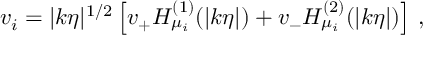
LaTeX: v _ { i } = | k \eta | ^ { 1 / 2 } \left[ v _ { + } H _ { \mu _ { i } } ^ { ( 1 ) } ( | k \eta | ) + v _ { - } H _ { \mu _ { i } } ^ { ( 2 ) } ( | k \eta | ) \right] \, ,